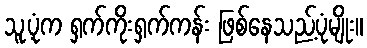
သူ့ပုံက ရှက်ကိုးရှက်ကန်း ဖြစ်နေသည့်ပုံမျိုး။